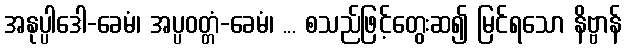
အနုပ္ပါဒေါ-ခေမံ၊ အပ္ပဝတ္တံ-ခေမံ၊ ... စသည်ဖြင့်တွေးဆ၍ မြင်ရသော နိဗ္ဗာန်